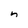
Character: n